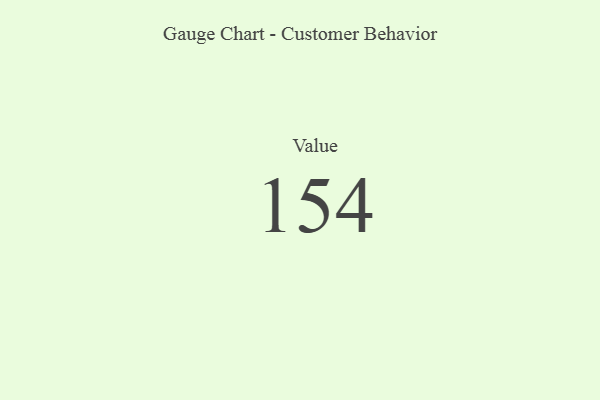
{"axis": {"x": "Metric", "y": "Value"}, "legend": [""], "data": [{"x": "Value", "y": 154, "type": ""}]}